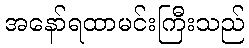
အနော်ရထာမင်းကြီးသည်